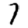
Digit: 7